system: You are a helpful assistant.
user:
Analyze the provided spectrum to determine if it is a **S-type Star**.

- **Key Indicators for S-type Star:**

    - **(Overall Spectrum Shape):** The first and most obvious characteristic is the overall continuum (the "baseline" shape). It is **extremely "red-sloping,"** meaning the flux (light intensity) is very low on the left side (blue, ~4000-4500 Å) and rises steeply and continuously toward the right side (red, ~7000 Å+).

    - **(Primary):** The spectrum is defined by the presence of strong, broad molecular absorption "valleys" (bands) from **Zirconium Oxide (ZrO)**. The identification of these bands is the **primary requirement** for classifying a star as S-type.
        - **(Key Bandheads):** You must find distinct, deep "dips" where the light has been absorbed. The most critical band systems to locate are:
            - **~6474 Å** ($\gamma$-system): This is often the strongest and clearest ZrO feature, found in the red part of the spectrum.
            - **~5718 Å** & **~5551 Å** ($\beta$-system): A pair of prominent absorption features in the yellow-orange part of the spectrum.
            - **~4640 Å** ($\alpha$-system): A key absorption band system in the blue-green region of the spectrum.

    - **(Secondary Confirmation):** The classification is strengthened by finding additional absorption bands from other related heavy element oxides, which are expected to be present alongside ZrO.
        - **(Key Bandheads):**
            - **Yttrium Oxide (YO):** Look for absorption dips near **~4800 Å** and **~6100 Å**.
            - **Lanthanum Oxide (LaO):** Additional absorption features, particularly in the red-orange part of the spectrum, are also characteristic.

    - **(Line Profile):** The combination of the steep red continuum and these numerous, deep molecular bands (ZrO, YO, etc.) gives the entire spectrum a very **"chopped-up"** or **"bumpy"** appearance. Instead of a smooth curve, the spectrum looks as though large, wide chunks of light have been "carved out" of it at the specific wavelengths listed above.

Think first, call **spectral_visualization_tool** if needed to examine features in detail, then provide your final answer. Your response must adhere to the following strict rules:
1.  **Overall Structure:** Your response must follow the format `<think>...</think> <tool_call>...</tool_call> (if a tool is used) <answer>...</answer>`.
2.  **Tool Usage Constraint:** You may only make **one** tool call per turn.
3.  **Final Answer Format:** In the `<answer>` tag, your conclusion must be inside a `\boxed{}` command (e.g., `\boxed{YES}` or `\boxed{NO}`), followed by your justification.

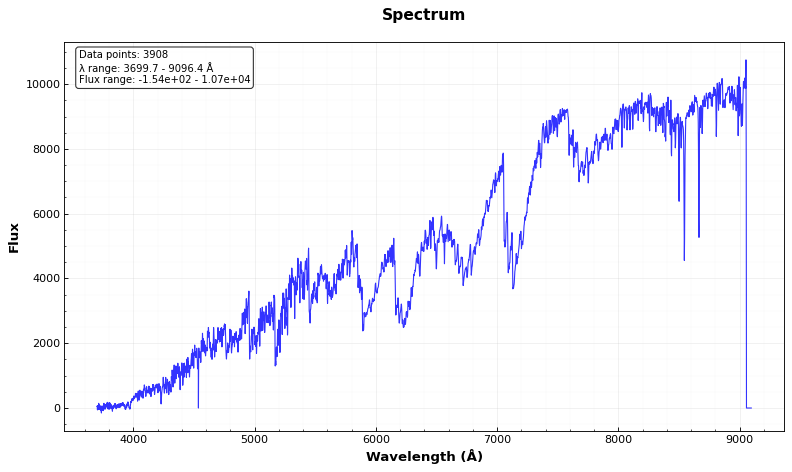
Answer: YES